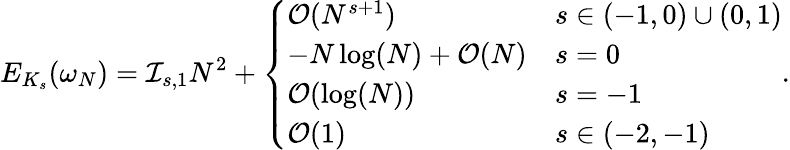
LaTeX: E_{K_{s}}(\omega_{N})=\mathcal{I}_{s,1}N^{2}+\left\{ \begin{array}{ll}{\mathcal{O}(N^{s+1})}&{s\in(-1,0)\cup(0,1)}\\ {-N\log(N)+\mathcal{O}(N)}&{s=0}\\ {\mathcal{O}(\log(N))}&{s=-1}\\ {\mathcal{O}(1)}&{s\in(-2,-1)}\end{array}\right..